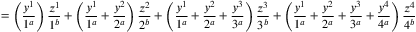
= \left( \frac { y ^ { 1 } } { 1 ^ { a } } \right) \frac { z ^ { 1 } } { 1 ^ { b } } + \left( \frac { y ^ { 1 } } { 1 ^ { a } } + \frac { y ^ { 2 } } { 2 ^ { a } } \right) \frac { z ^ { 2 } } { 2 ^ { b } } + \left( \frac { y ^ { 1 } } { 1 ^ { a } } + \frac { y ^ { 2 } } { 2 ^ { a } } + \frac { y ^ { 3 } } { 3 ^ { a } } \right) \frac { z ^ { 3 } } { 3 ^ { b } } + \left( \frac { y ^ { 1 } } { 1 ^ { a } } + \frac { y ^ { 2 } } { 2 ^ { a } } + \frac { y ^ { 3 } } { 3 ^ { a } } + \frac { y ^ { 4 } } { 4 ^ { a } } \right) \frac { z ^ { 4 } } { 4 ^ { b } }